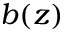
b ( z )